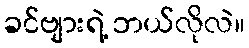
ခင်ဗျားရဲ့ ဘယ်လိုလဲ။